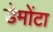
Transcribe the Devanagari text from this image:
डेमोंटा